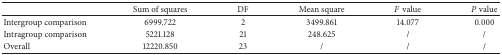
<table><thead><tr><td><b> </b></td><td><b>Sum of squares</b></td><td><b>DF</b></td><td><b>Mean square</b></td><td><b><i>F</i> value</b></td><td><b><i>P</i> value</b></td></tr></thead><tbody><tr><td>Intergroup comparison</td><td>6999.722</td><td>2</td><td>3499.861</td><td>14.077</td><td>0.000</td></tr><tr><td>Intragroup comparison </td><td>5221.128</td><td>21</td><td>248.625</td><td>/</td><td>/</td></tr><tr><td>Overall</td><td>12220.850</td><td>23</td><td>/</td><td>/</td><td>/</td></tr></tbody></table>